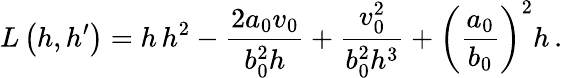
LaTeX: L\left(h,h^{\prime}\right)=h\, h^{2}-\frac{2a_{0}v_{0}}{b_{0}^{2}h}+\frac{v_{0}^{2}}{b_{0}^{2}h^{3}}+\left(\frac{a_{0}}{b_{0}}\right)^{2}h\, .